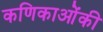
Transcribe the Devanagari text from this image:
कणिकाओंकी